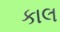
કાલ